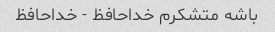
باشه متشکرم خداحافظ - خداحافظ